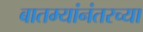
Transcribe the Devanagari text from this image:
बातम्यांनंतरच्या